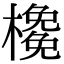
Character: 𣝊